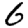
Digit: 6